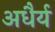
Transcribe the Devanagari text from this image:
अधैर्य